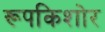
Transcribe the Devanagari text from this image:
रूपकिशोर